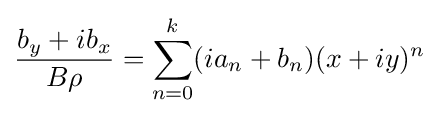
{\frac {b_{y}+ib_{x}}{B\rho }}=\sum _{n=0}^{k}(ia_{n}+b_{n})(x+iy)^{n}